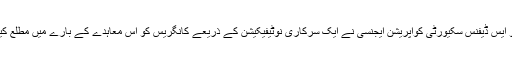
یو ایس ڈیفنس سکیورٹی کوآپریشن ایجنسی نے ایک سرکاری نوٹیفیکیشن کے ذریعے کانگریس کو اس معاہدے کے بارے میں مطلع کیا۔